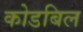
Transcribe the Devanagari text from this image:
कोडबिल